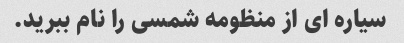
سیاره ای از منظومه شمسی را نام ببرید.